Report of the Indian Hemp Drugs Commission, 1894-1895 - Volume VIII
Year: 1894
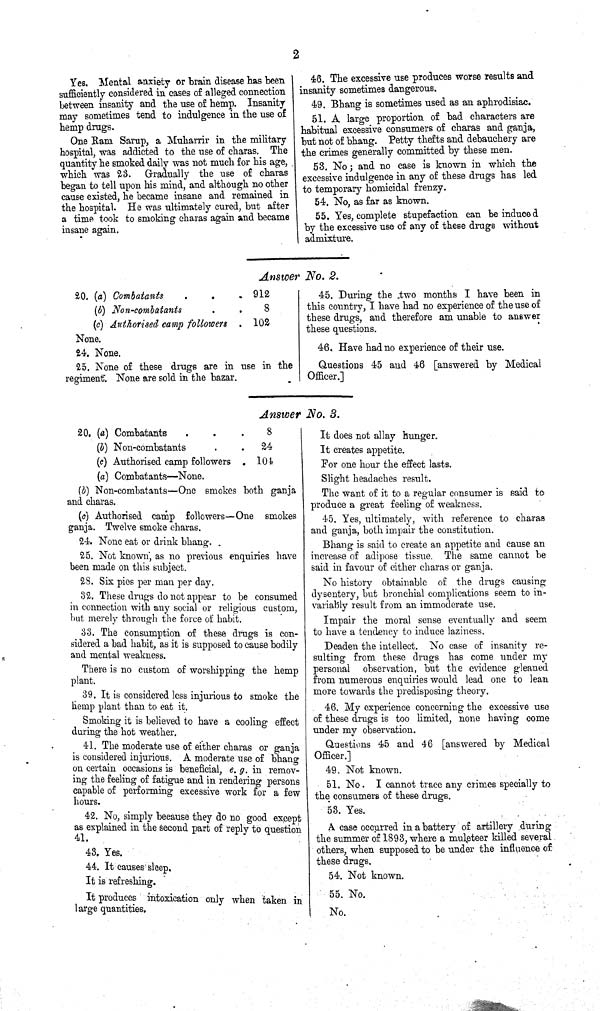
2
Yes. Mental anxiety or brain disease has been
sufficiently considered in cases of alleged connection
between insanity and the use of hemp. Insanity
may sometimes tend to indulgence in the use of
hemp drugs.
One Ram Sarup, a Muharrir in the military
hospital, was addicted to the use of charas. The
quantity he smoked daily was not much for his age,
which was 23. Gradually the use of charas
began to tell upon his mind, and although no other
cause existed, he became insane and remained in
the hospital. He was ultimately cured, but after
a time took to smoking charas again and became
insane again.
46. The excessive use produces worse results and
insanity sometimes dangerous.
49. Bhang is sometimes used as an aphrodisiac.
51. A large proportion of bad characters are
habitual excessive consumers of charas and ganja,
but not of bhang. Petty thefts and debauchery are
the crimes generally committed by these men.
53. No; and no case is known in which the
excessive indulgence in any of these drugs has led
to temporary homicidal frenzy.
54. No, as far as known.
55. Yes, complete stupefaction can be induced
by the excessive use of any of these drugs without
admixture.
Answer No. 2.
20. (a) Combatants
912
(b) Non-combatants
8
(c) Authorised camp followers 102
None.
24. None.
25. None of these drugs are in use in the
regiment. None are sold in the bazar.
45. During the two months I have been in
this country, I have had no experience of the use of
these drugs, and therefore am unable to answer
these questions.
46. Have had no experience of their use.
Questions 45 and 46 [answered by Medical
Officer.]
Answer No. 3.
20. (a) Combatants
8
(b) Non-combatants
24
(c) Authorised camp followers
104
(a) Combatants—None.
(b) Non-combatants—One smokes both ganja
and charas.
(c) Authorised camp followers—One smokes
ganja. Twelve smoke charas.
24. None eat or drink bhang.
25. Not known, as no previous enquiries have
been made on this subject.
28. Six pies per man per day.
32. These drugs do not appear to be consumed
in connection with any social or religious custom,
but merely through the force of habit.
33. The consumption of these drugs is con-
sidered a bad habit, as it is supposed to cause bodily
and mental weakness.
There is no custom of worshipping the hemp
plant.
39. It is considered less injurious to smoke the
hemp plant than to eat it.
Smoking it is believed to have a cooling effect
during the hot weather.
41. The moderate use of either charas or ganja
is considered injurious. A moderate use of bhang
on certain occasions is beneficial, e.g. in remov-
ing the feeling of fatigue and in rendering persons
capable of performing excessive work for a few
hours.
42. No, simply because they do no good except
as explained in the second part of reply to question
41.
43. Yes.
44. It causes sleep.
It is refreshing.
It produces intoxication only when taken in
large quantities.
It does not allay hunger.
It creates appetite.
For one hour the effect lasts.
Slight headaches result.
The want of it to a regular consumer is said to
produce a great feeling of weakness.
45. Yes, ultimately, with reference to charas
and ganja, both impair the constitution.
Bhang is said to create an appetite and cause an
increase of adipose tissue. The same cannot be
said in favour of either charas or ganja.
No history obtainable of the drugs causing
dysentery, but bronchial complications seem to in-
variably result from an immoderate use.
Impair the moral sense eventually and seem
to have a tendency to induce laziness.
Deaden the intellect. No case of insanity re-
sulting from these drugs has come under my
personal observation, but the evidence gleaned
from numerous enquiries would lead one to lean
more towards the predisposing theory.
46. My experience concerning the excessive use
of these drugs is too limited, none having come
under my observation.
Questions 45 and 46 [answered by Medical
Officer.]
49. Not known.
51. No. I cannot trace any crimes specially to
the consumers of these drugs.
53. Yes.
A case occurred in a battery of artillery during
the summer of 1893, where a muleteer killed several
others, when supposed to be under the influence of
these drugs.
54. Not known.
55. No.
No.